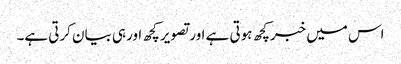
اس میں خبرکچھ ہوتی ہے اورتصویر کچھ اورہی بیان کرتی ہے۔